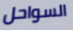
السواحل